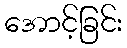
အောင့်ခြင်း